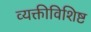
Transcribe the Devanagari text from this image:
व्यक्तीविशिष्ट